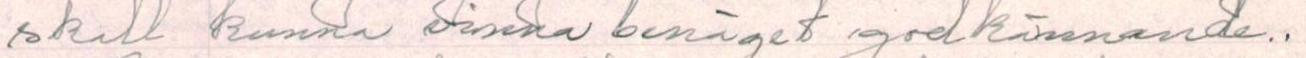
skall kunna visena benäget godkännande..